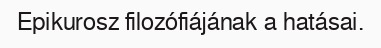
Epikurosz filozófiájának a hatásai.